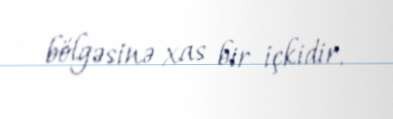
bölgəsinə xas bir içkidir.